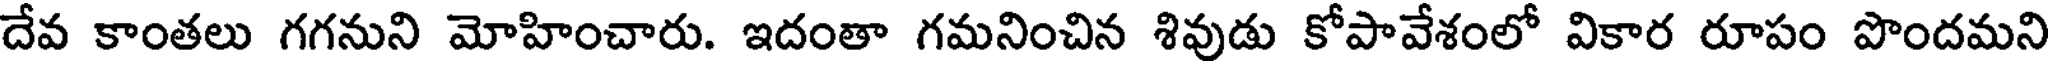
దేవ కాంతలు గగనుని మోహించారు. ఇదంతా గమనించిన శివుడు కోపావేశంలో వికార రూపం పొందమని